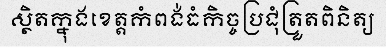
ស្ថិតក្នុងខេត្តកំពង់ធំកិច្ចប្រជុំត្រួតពិនិត្យ